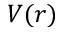
V ( r )